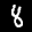
Label: 8